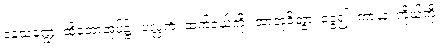
ဝနသဏ္ဍေ၊ ထိုတောအုပ်၌။ ပလ္လင်္ကံ၊ ထက်ဝယ်ကို။ အာဘုဇိတွာ၊ ခွေ၍။ ကာယံ၊ ကိုယ်ကို။